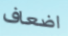
اضعاف